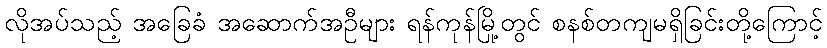
လိုအပ်သည့် အခြေခံ အဆောက်အဦများ ရန်ကုန်မြို့တွင် စနစ်တကျမရှိခြင်းတို့ကြောင့်